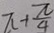
\pi + \frac { \pi } { 4 }